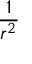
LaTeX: \frac { 1 } { r ^ { 2 } }